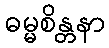
ဓမ္မစိန္တနာ